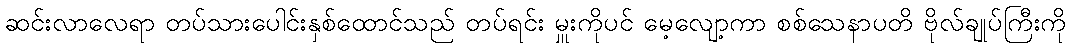
ဆင်းလာလေရာ တပ်သားပေါင်းနှစ်ထောင်သည် တပ်ရင်း မှူးကိုပင် မေ့လျော့ကာ စစ်သေနာပတိ ဗိုလ်ချုပ်ကြီးကို